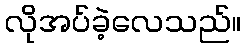
လိုအပ်ခဲ့လေသည်။